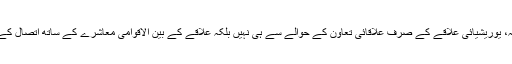
شراکت داری کے منصوبوں میں اضافہ، یوریشیائی علاقے کے صرف علاقائی تعاون کے حوالے سے ہی نہیں بلکہ علاقے کے بین الاقوامی معاشرے کے ساتھ اتصال کے حوالے سے بھی اہمیت کی حامل ہے۔